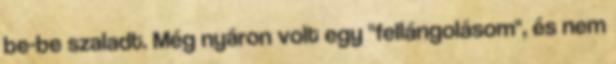
be-be szaladt. Még nyáron volt egy "fellángolásom", és nem